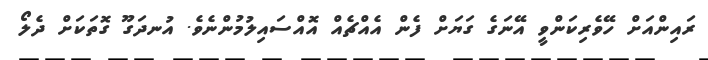
ރައިންއަށް ހޭވެރިކަންވީ އޭނަގެ ގަޔަށް ފެން އެއްޗެއް އޮއްސައިލުމުންނެވެ. އުނދަގޫ ގޮތަކަށް ދެލޯ